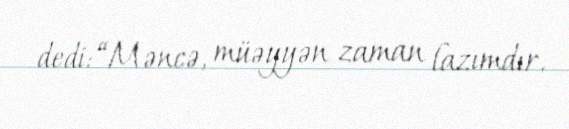
dedi: “Məncə, müəyyən zaman lazımdır.